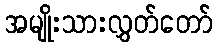
အမျိုးသားလွှတ်တော်